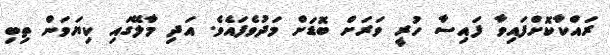
ރައްކާކޮށްފައިވާ ފައިސާ ހުރީ ވަރަށް ބޮޑަށް މަދުވެފައެވެ. އަދި މާލޭގައި ކިޔަވަން ތިބި